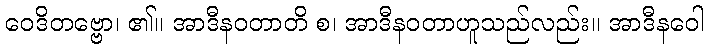
ဝေဒိတဗ္ဗော၊ ၏။ အာဒီနဝတာတိ စ၊ အာဒီနဝတာဟူသည်လည်း။ အာဒီနဝေါ